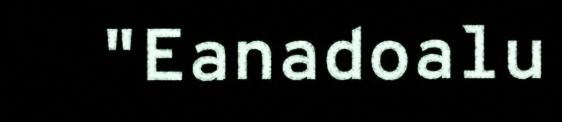
"Eanadoalu